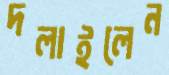
দলাইলেন